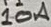
Text: 10A